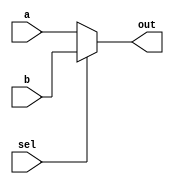
module mux2to1 (
    input wire sel,      // Select input
    input wire a,       // Input A
    input wire b,       // Input B
    output reg out      // Output
);

always @(*) begin
    // Continuous assignment using '=' for combinational logic
    if (sel) begin
        out = b;       // If sel is 1, output B
    end else begin
        out = a;       // If sel is 0, output A
    end
end

endmodule